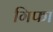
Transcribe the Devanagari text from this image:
गिफा